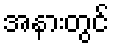
အနားတွင်